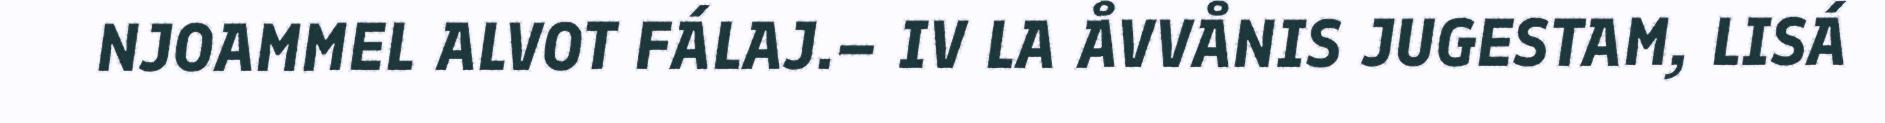
NJOAMMEL ALVOT FÁLAJ.– IV LA ÅVVÅNIS JUGESTAM, LISÁ